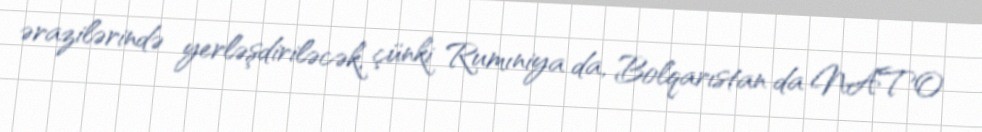
ərazilərində yerləşdiriləcək, çünki Rumıniya da, Bolqarıstan da NATO